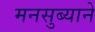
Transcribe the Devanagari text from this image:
मनसुब्याने